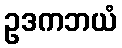
ဥဒကဘယံ